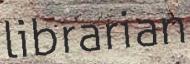
librarian